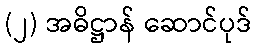
(၂) အဓိဋ္ဌာန် ဆောင်ပုဒ်